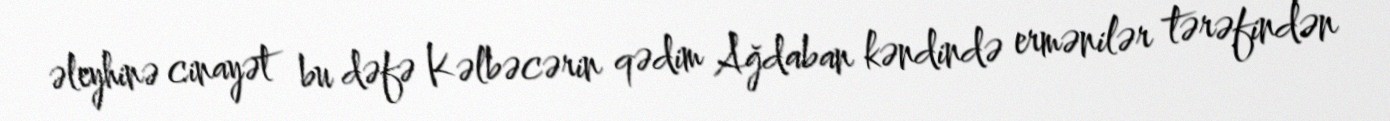
əleyhinə cinayət bu dəfə Kəlbəcərin qədim Ağdaban kəndində ermənilər tərəfindən